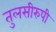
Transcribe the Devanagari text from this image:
तुलसीरुपी